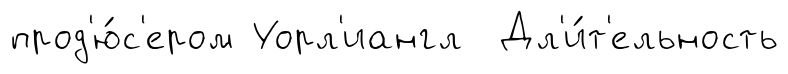
прод'ю́с'ером Уорл'иангл Дл'и́т'ельность